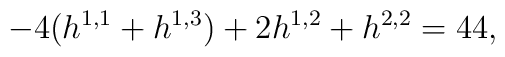
-4(h^{1,1}+h^{1,3})+2h^{1,2}+h^{2,2} = 44  ,